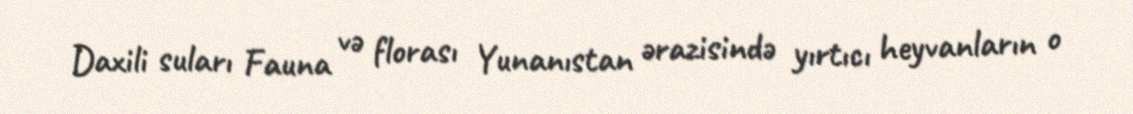
Daxili suları Fauna və florası Yunanıstan ərazisində yırtıcı heyvanların o